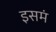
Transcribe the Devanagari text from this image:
इसमं